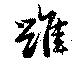
雖